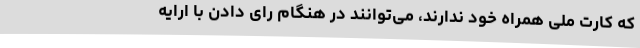
که کارت ملی همراه خود ندارند، می‌توانند در هنگام رای دادن با ارایه